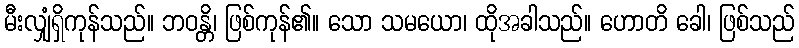
မီးလျှံရှိကုန်သည်။ ဘဝန္တိ၊ ဖြစ်ကုန်၏။ သော သမယော၊ ထိုအခါသည်။ ဟောတိ ခေါ၊ ဖြစ်သည်